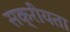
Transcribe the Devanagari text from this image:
सक्रीयता